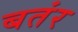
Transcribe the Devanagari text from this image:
बतंर